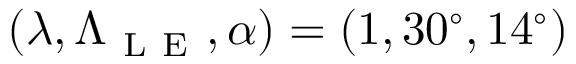
( \lambda , \Lambda _ { \mathrm { ~ L ~ E ~ } } , \alpha ) = ( 1 , 3 0 ^ { \circ } , 1 4 ^ { \circ } )